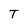
Character: T